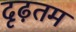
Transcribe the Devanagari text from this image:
दृढ़तम